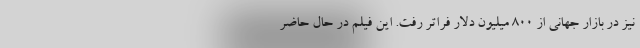
نیز در بازار جهانی از ۸۰۰ میلیون دلار فراتر رفت. این فیلم در حال حاضر